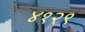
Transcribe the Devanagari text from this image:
४१२९